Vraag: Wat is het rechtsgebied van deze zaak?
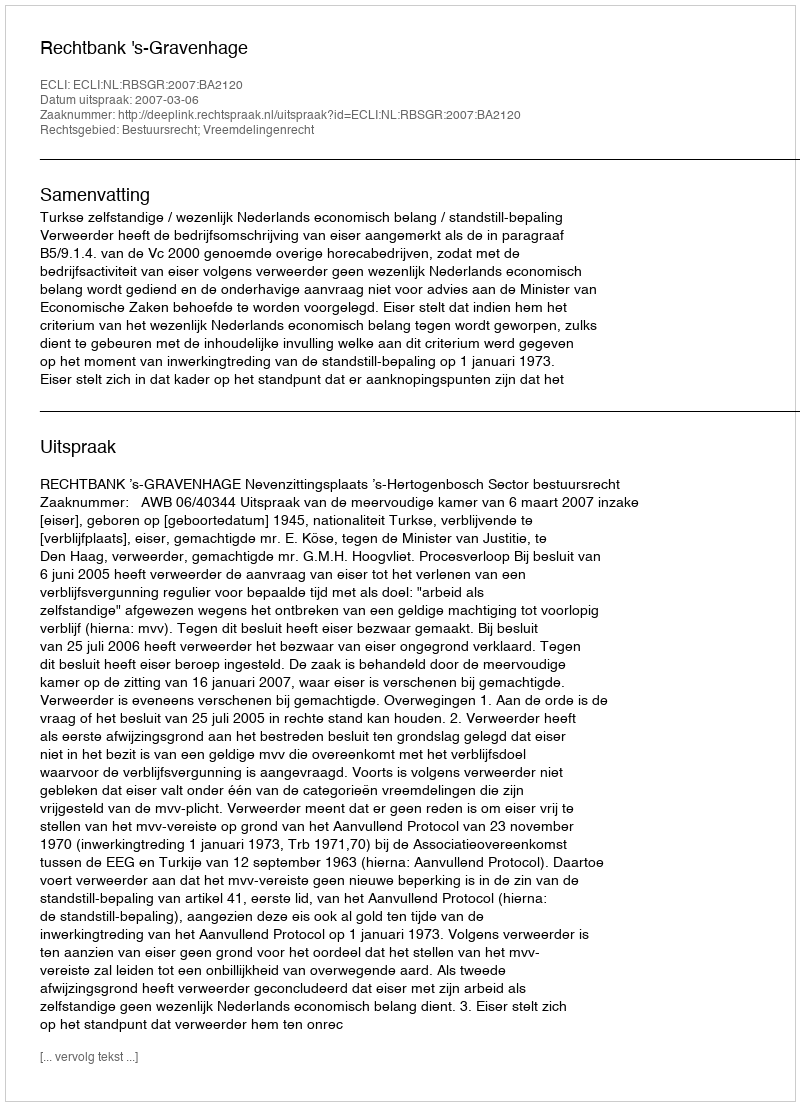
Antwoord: Bestuursrecht; Vreemdelingenrecht